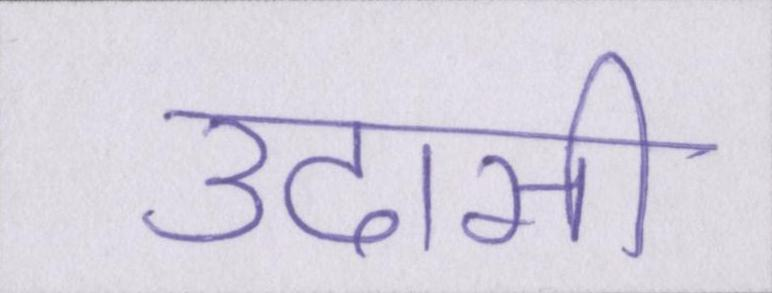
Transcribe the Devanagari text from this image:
उदासी